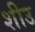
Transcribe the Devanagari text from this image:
शीउ